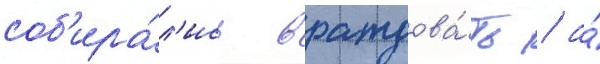
соб'ира́л'ись враждова́ть / а́